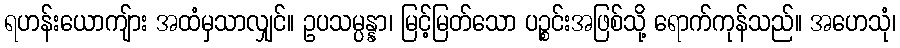
ရဟန်းယောကျ်ား အထံမှသာလျှင်။ ဥပသမ္ပန္နာ၊ မြင့်မြတ်သော ပဉ္စင်းအဖြစ်သို့ ရောက်ကုန်သည်။ အဟေသုံ၊